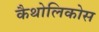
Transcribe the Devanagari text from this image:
कैथोलिकोस